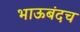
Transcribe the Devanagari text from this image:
भाऊबंदच